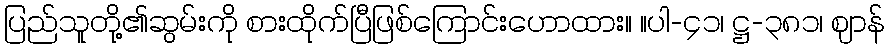
ပြည်သူတို့၏ဆွမ်းကို စားထိုက်ပြီဖြစ်ကြောင်းဟောထား။ ။ပါ-၄၁၊ ဋ္ဌ-၃၈၁၊ ဈာန်